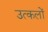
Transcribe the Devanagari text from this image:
उत्कलों